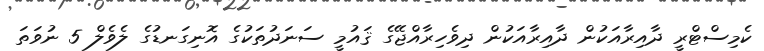
ކެމިސްޓްރީ ދާއިރާއަކުން ދާއިރާއަކުން ދިވެހިރާއްޖޭގެ ޤައުމީ ސަނަދުތަކުގެ އޮނިގަނޑުގެ ލެވެލް 5 ނުވަތަ